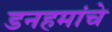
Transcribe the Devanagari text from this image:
डनहमांचे